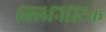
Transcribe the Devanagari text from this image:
क्लिनिस्टिक